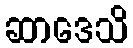
ဆာဒေသိ